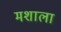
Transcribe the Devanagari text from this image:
मशाला